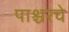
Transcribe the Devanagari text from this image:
पाश्चरचे